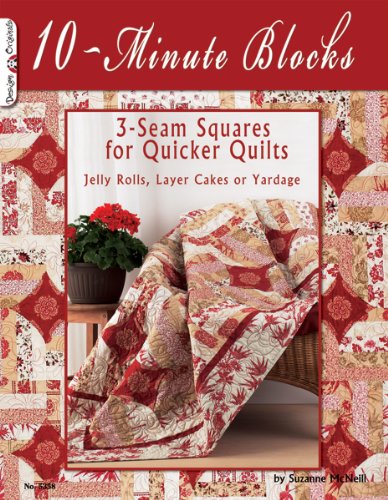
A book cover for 10-Minute Blocks; Suzanne McNeill; Crafts, Hobbies & Home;